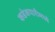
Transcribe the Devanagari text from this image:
कडेकपारीमध्ये